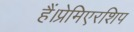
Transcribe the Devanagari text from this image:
हैं।प्रेमिएरशिप